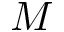
M